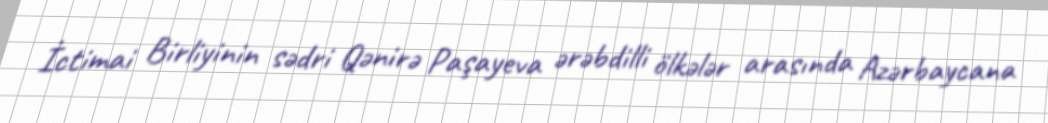
İctimai Birliyinin sədri Qənirə Paşayeva ərəbdilli ölkələr arasında Azərbaycana